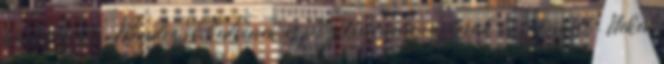
hangulata. Mindez jó kedvének és pozitív energiájának köszönhető. Neked